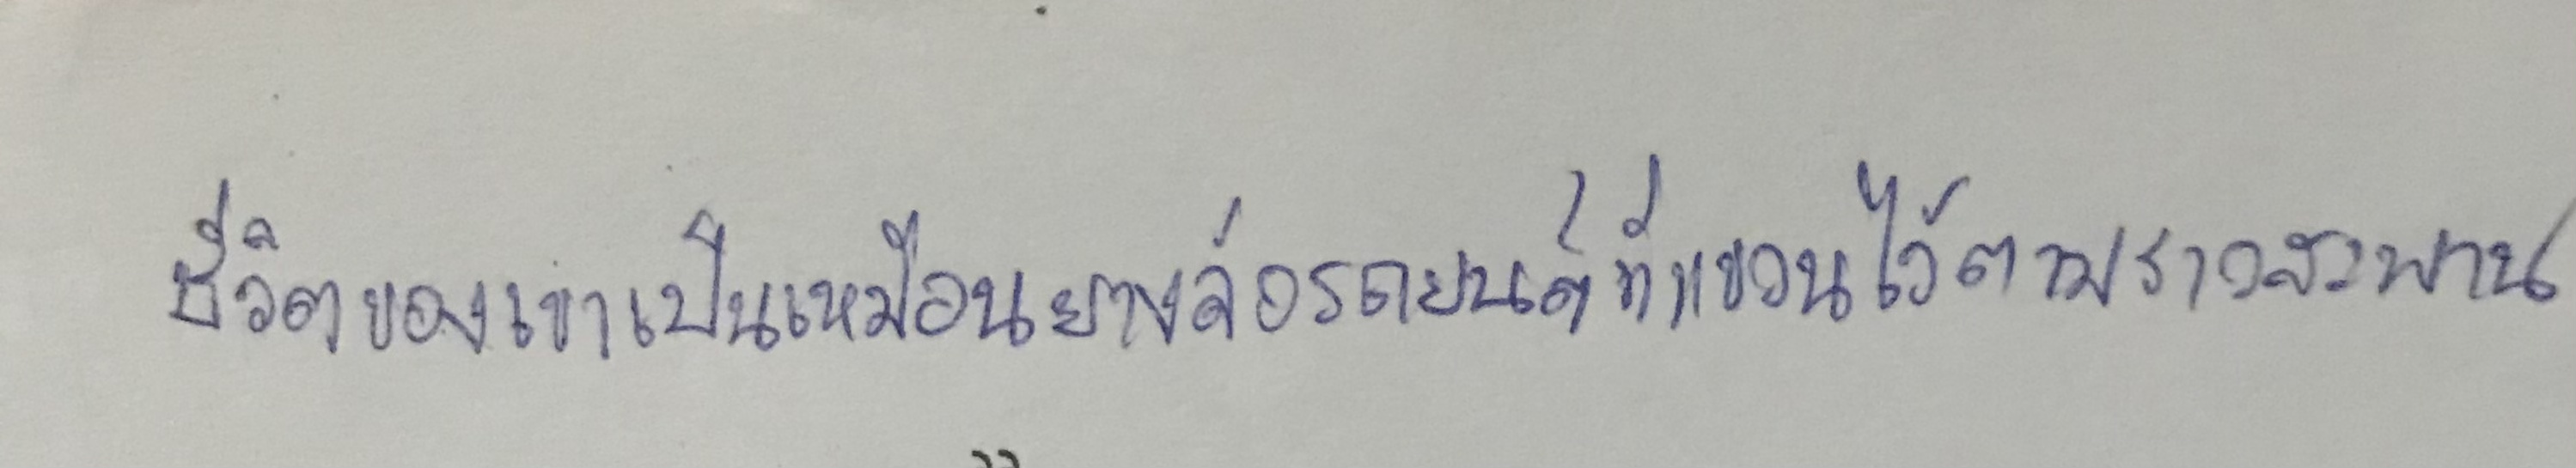
ชีวิตของเขาเป็นเหมือนยางล้อรถยนต์ที่แขวนไว้ตามราวสะพาน